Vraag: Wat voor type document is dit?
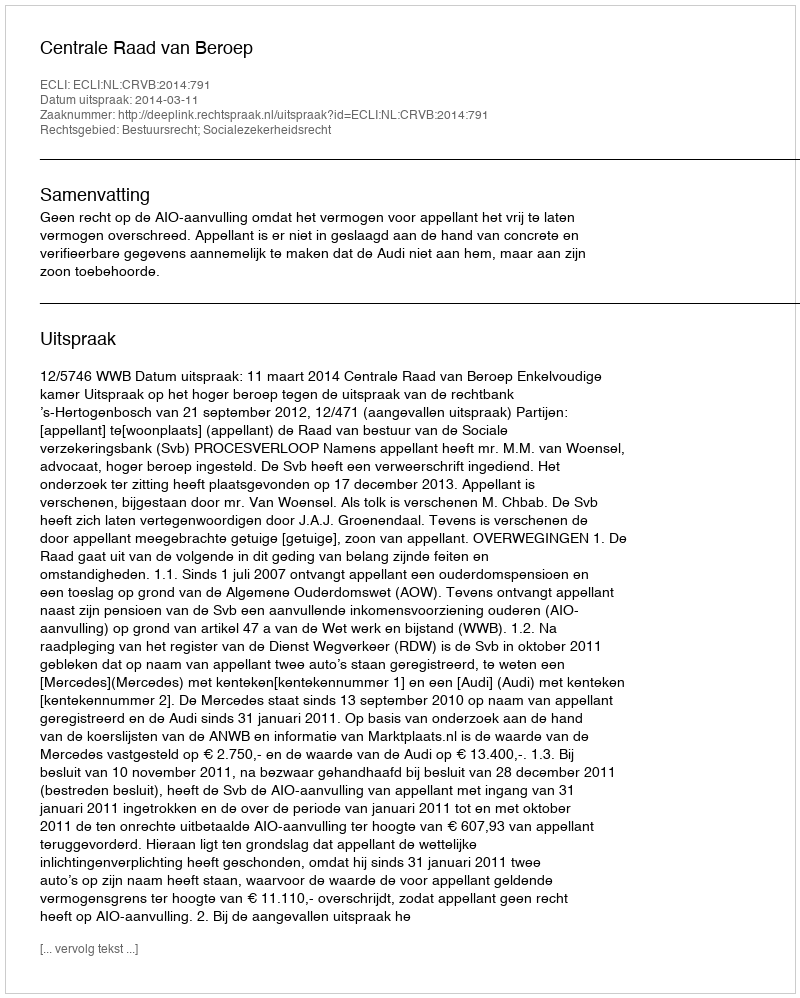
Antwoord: Uitspraak